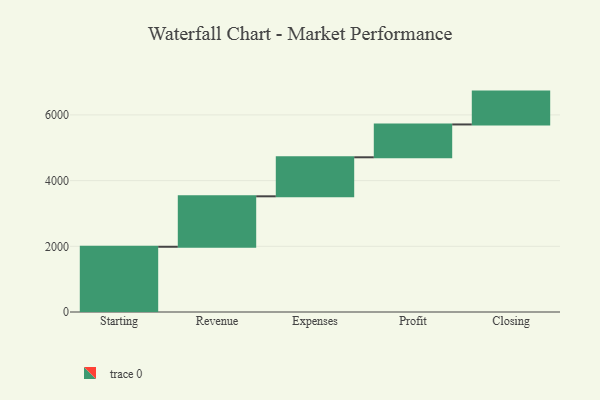
{"axis": {"x": "Step", "y": "Value"}, "legend": [""], "data": [{"x": "Starting", "y": 1986.0, "type": ""}, {"x": "Revenue", "y": 1536.0, "type": ""}, {"x": "Expenses", "y": 1188.0, "type": ""}, {"x": "Profit", "y": 1000, "type": ""}, {"x": "Closing", "y": 1000, "type": ""}]}